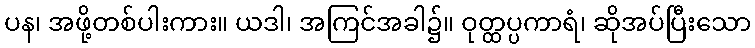
ပန၊ အဖို့တစ်ပါးကား။ ယဒါ၊ အကြင်အခါ၌။ ဝုတ္ထပ္ပကာရံ၊ ဆိုအပ်ပြီးသော